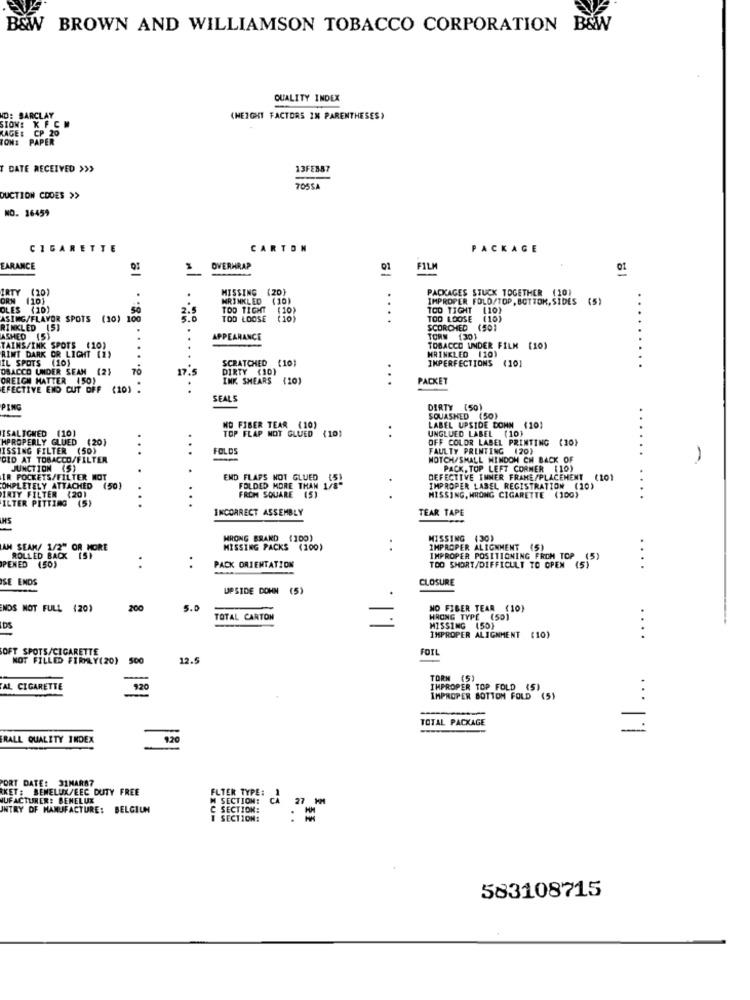
B&W BROWN AND WILLIAMSON TOBACCO CORPORATION B&W
QUALITY INDEX
D: BARCLAY
(HEIGHT FACTORS 1% PARENTHESES)
SIONE K FC
LAGE: CP 20
TON: PAPER
DATE RECEIVED >>>
13FEB87
TOSSA
DUCTION CODES >>
NO. 16459
CIGARETTE
CARTON
PACKAGE
. 88 .. 1º
EARANCE
OVERWRAP
FILM
MISSING (20}
PACKAGES STUCK TOGETHER (10)
IRTY (20)
WRINKLED (10)
IMPROPER FOLD/TOP, BOTTOM, SIDES (5)
OLES (10)
50
2.
TOO TIGHT
(10)
TOO TIGHT (10)
ASING/FLAVOR SPOTS (10) 100
TOD LOOSE
(10)
....
TOO LOOSE (10)
RINKLED (5)
SCORCHED (50)
ASHED (5)
APPEARANCE
TORN (30)
TAINS/INK SPOTS (10)
WRINKLED 120}
TOBACCO UNDER FILM (10)
RINT DARK OR LIGHT (2)
IL SPOTS (10)
SCRATCHED (10)
IMPERFECTIONS
(101
OSACCO UNDER SEAN (2)
70
17.5
DIRTY (10)
OREIGN MATTER (50)
INK SHEARS
(10)
PACKET
EFECTIVE END CUT OFF (10) .
SEALS
PING
DIRTY (50)
SQUASHED (50)
NO FIBER TEAR (10)
TOP FLAP MOT GLUED (10)
LABEL UPSIDE DOWN
UNGLUED LABEL (10}
(10)
ISALIGNED (10)
HPROPERLY GLUED (20)
OFF COLOR LABEL PRINTING (10)
ISSING FILTER (50)
...
FOLDS
FAULTY PRINTING (20)
CID AT TOBACCO/FILTER
NOTCH/SMALL WINDOW CH BACK OF
-
JUNCTION (S)
PACK, TOP LEFT CORNER (10)
IR POCKETS/FILTER MOT
END FLAPS NOT GLUED (51
DEFECTIVE INNER FRAME/PLACEMENT
(101
OHPLETELY ATTACHED (50)
INTY FILTER (20)
FOLDED MORE THAN 1/8"
IMPROPER LABEL REGISTRATION (10)
ILTER PITTING (5)
FROM SQUARE (5)
MISSING, WRONG CIGARETTE (100)
...
INCORRECT ASSEMBLY
TEAR TAPE
HS
WRONG BRARD (100)
MISSING (30)
AN SEAM/ 1/2" OR MORE
MISSING PACKS (100)
IMPROPER ALIGNMENT (5)
ROLLED BACK 151
PACK ORIENTATION
IMPROPER POSITIONING FROM TOP (5)
PENED (50)
TOO SHORT/DIFFICULT TO OPEN (5)
..
SE ENDS
CLOSURE
UPSIDE DOWN (
NDS NOT FULL (20)
200
5.0
NO FIBER TEAR (10)
TOTAL CARTON
WRONG TYPE (50)
DS
MISSING (50)
IMPROPER ALIGNMENT (10)
...
SOFT SPOTS/CIGARETTE
FOIL
NOT FILLED FIRMLY(20) 500
12.5
TORM (5)
AL CIGARETTE
IMPROPER TOP FOLD (5)
..
IMPROPER BOTTOM FOLD (5)
TOTAL PACKAGE
RALL QUALITY INDEX
920
PORT DATE: 31MAR87
T: BENELUX/EEC DUTY FREE
FLTER TYPE:
NUFACTURER: BENELUX
M SECTION:
ch 27 MM
INTRY OF MANUFACTURE: BELGIUM
C SECTION:
SECTION:
: =
583108715